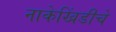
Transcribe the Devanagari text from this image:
नाकेखिंडीचे